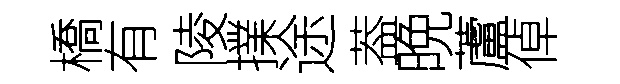
橋有陵擈途葢晩蘆倬